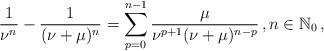
LaTeX: \begin{align*}\frac{1}{{\nu ^n }} - \frac{1}{{(\nu + \mu )^n }}=\sum_{p = 0}^{n - 1} {\frac{\mu }{{\nu ^{p + 1} (\nu + \mu )^{n - p} }}}\,,n\in\mathbb{N}_0\,,\end{align*}